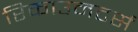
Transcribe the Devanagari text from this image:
रिकाउनटर्स